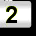
Digit: 2